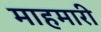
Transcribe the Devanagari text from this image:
माहमारी